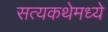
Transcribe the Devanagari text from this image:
सत्यकथेमध्ये